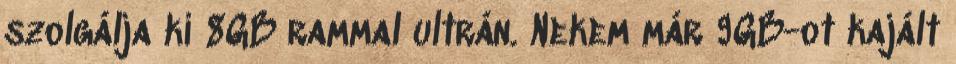
szolgálja ki 8GB rammal ultrán. Nekem már 9GB-ot kajált